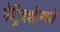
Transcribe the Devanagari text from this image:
पेट्रिबशीमध्ये